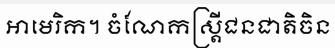
អាមេរិក។ ចំណែកស្ត្រីជនជាតិចិន